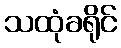
သထုံခရိုင်